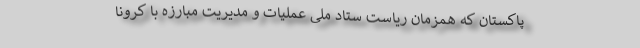
پاکستان که‌ همزمان ریاست ستاد ملی عملیات و مدیریت مبارزه با کرونا